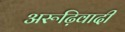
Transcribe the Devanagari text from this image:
अरूढ़िवादी